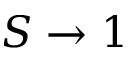
S \rightarrow 1